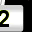
Digit: 2